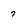
Character: 7